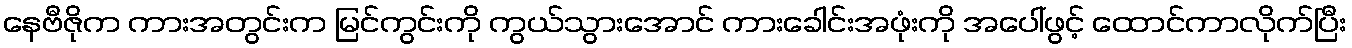
နေဗီဇိုက ကားအတွင်းက မြင်ကွင်းကို ကွယ်သွားအောင် ကားခေါင်းအဖုံးကို အပေါ်ဖွင့် ထောင်ကာလိုက်ပြီး